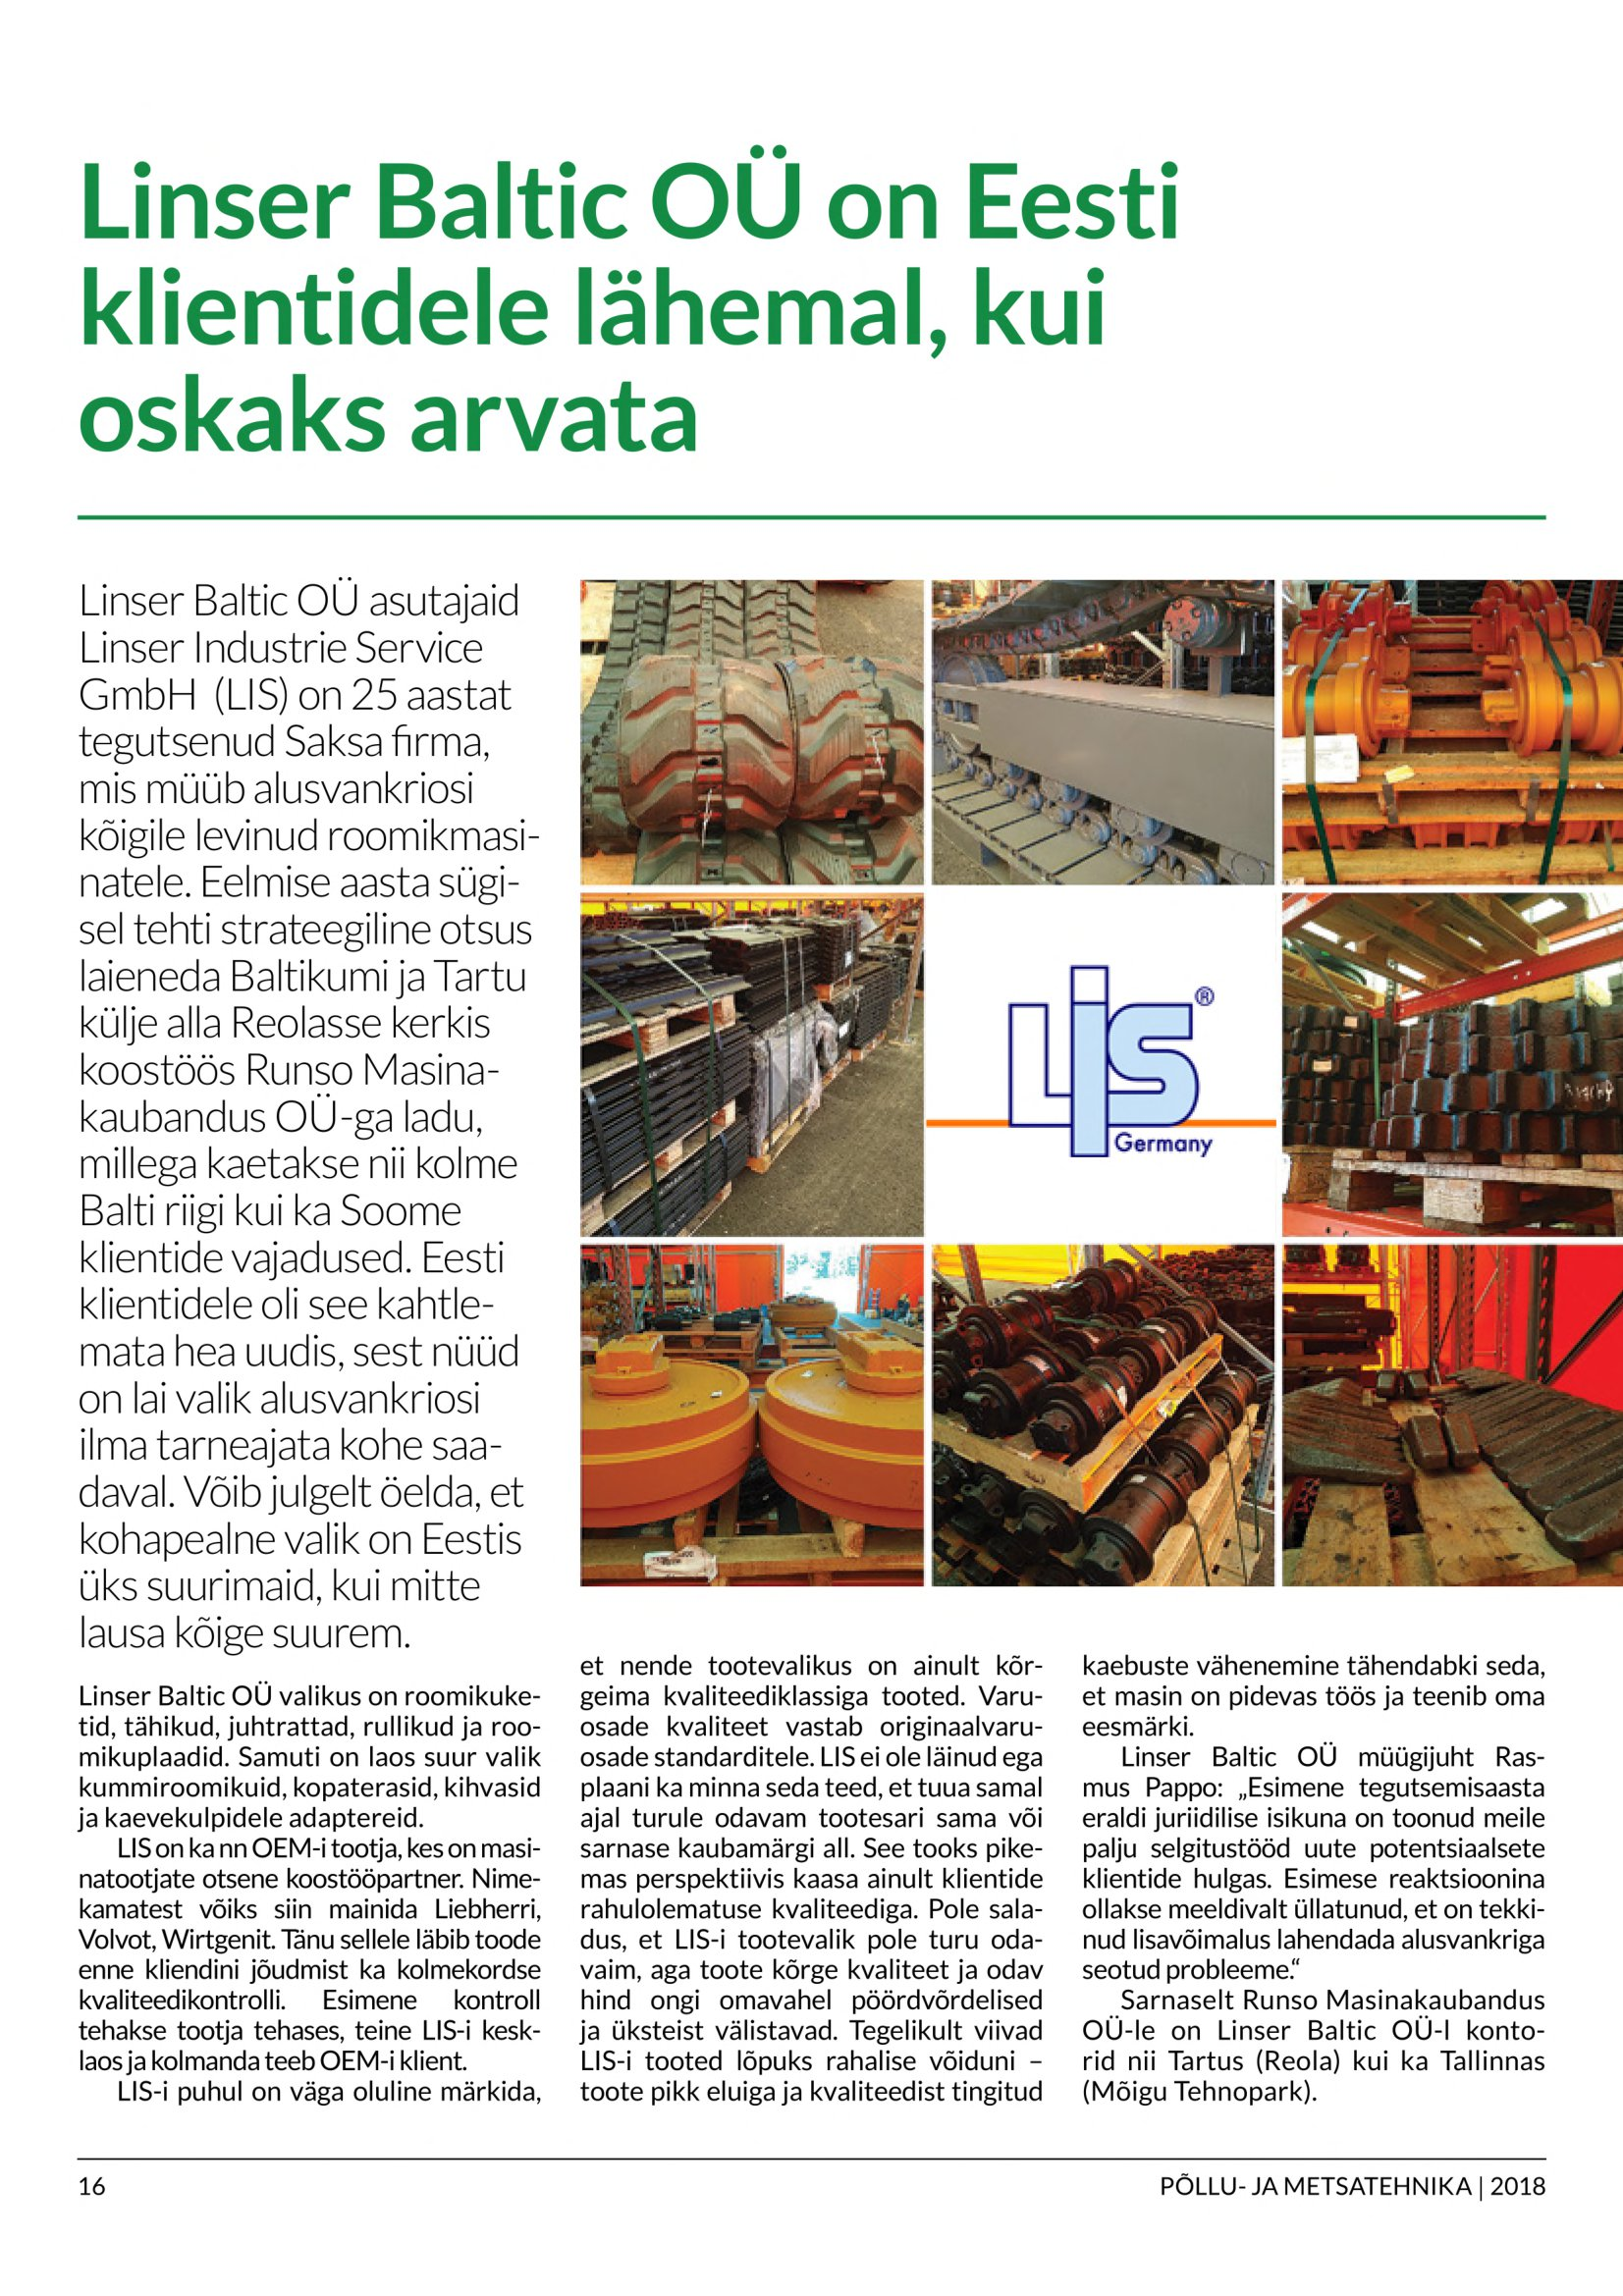
Language: et